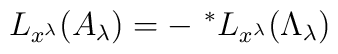
L_{x^\lambda}(A_\lambda) = - \ ^*L_{x^\lambda}(\Lambda_\lambda)